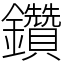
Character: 鑽